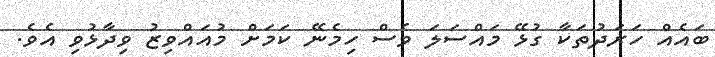
ބައެއް ހަރަދުތަކާ ގުޅޭ މައްސަލަ ވެސް ހިމެނޭ ކަމަށް މުއައްވިޒު ވިދާޅުވި އެވެ.